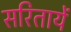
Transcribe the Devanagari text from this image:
सरितायें